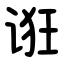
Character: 诳